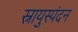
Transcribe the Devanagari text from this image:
स्नायुस्पंदन